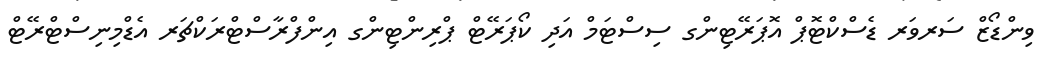
ވިންޑޯޒް ސަރވަރ ޑެސްކްޓޮޕް އޮޕަރޭޓިންގ ސިސްޓަމް އަދި ކޯޕަރޭޓް ޕްރިންޓިންގ އިންފްރާސްޓްރަކްޗަރ އެޑްމިނިސްޓްރޭޓް